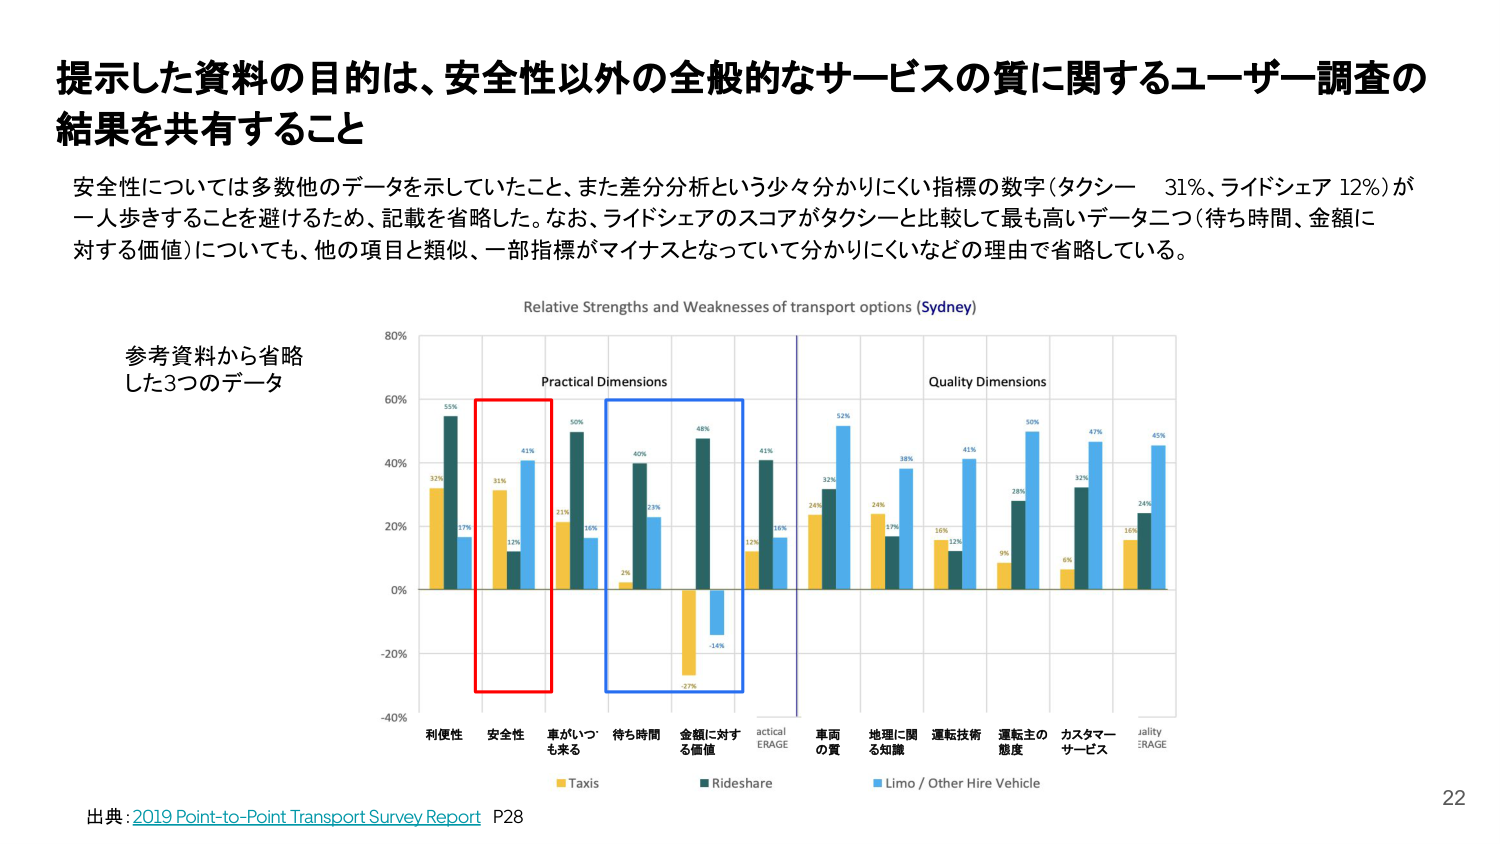
提示した資料の目的は、安全性以外の全般的なサービスの質に関するユーザー調査の結果を共有すること

安全性については多数他のデータを示していたこと、また差分分析という少々分かりにくい指標の数字（タクシー 31%、ライドシェア 12%）が一人歩きすることを避けるため、記載を省略した。なお、ライドシェアのスコアがタクシーと比較して最も高いデータ二つ（待ち時間、金額に対する価値）についても、他の項目と類似、一部指標がマイナスとなっていて分かりにくいなどの理由で省略している。

参考資料から省略した3つのデータ

Relative Strengths and Weaknesses of transport options (Sydney)

Practical Dimensions
Quality Dimensions

80%
60%
40%
20%
0%
-20%
-40%

55%
32%
17%
31%
12%
41%
21%
50%
16%
40%
23%
46%
-27%
-14%
12%
10%
41%
32%
24%
52%
24%
17%
38%
16%
12%
41%
28%
50%
6%
32%
47%
16%
24%
45%

利便性
安全性
車がいつでも来る
待ち時間
金額に対する価値
Practical AVERAGE
車両の質
地理に関する知識
運転技術
運転主の態度
カスタマーサービス
Quality AVERAGE

Taxis
Rideshare
Limo / Other Hire Vehicle

出典：2019 Point-to-Point Transport Survey Report P28

22